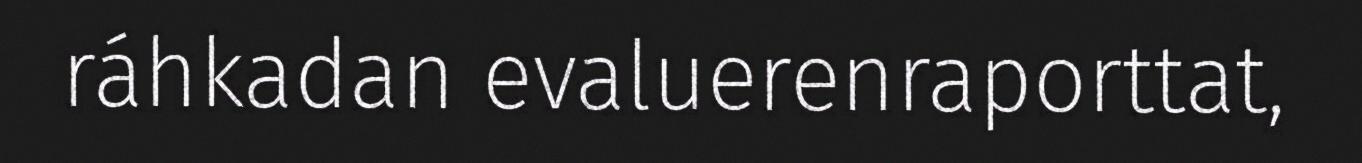
ráhkadan evaluerenraporttat,